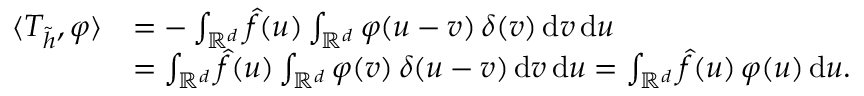
\begin{array} { r l } { \langle T _ { \tilde { h } } , \varphi \rangle } & { = - \int _ { \mathbb R ^ { d } } \hat { f } ( \boldsymbol u ) \int _ { \mathbb R ^ { d } } \varphi ( \boldsymbol u - \boldsymbol v ) \, \delta ( \boldsymbol v ) \, \mathrm { d } \boldsymbol v \, \mathrm d \boldsymbol u } \\ & { = \int _ { \mathbb R ^ { d } } \hat { f } ( \boldsymbol u ) \int _ { \mathbb R ^ { d } } \varphi ( \boldsymbol v ) \, \delta ( \boldsymbol u - \boldsymbol v ) \, \mathrm { d } \boldsymbol v \, \mathrm d \boldsymbol u = \int _ { \mathbb R ^ { d } } \hat { f } ( \boldsymbol u ) \, \varphi ( \boldsymbol u ) \, \mathrm d \boldsymbol u . } \end{array}